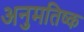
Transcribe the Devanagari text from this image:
अनुमतिष्क